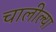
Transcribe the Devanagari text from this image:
चालील्या